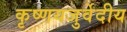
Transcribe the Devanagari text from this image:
कृष्णयजुर्वेदीय